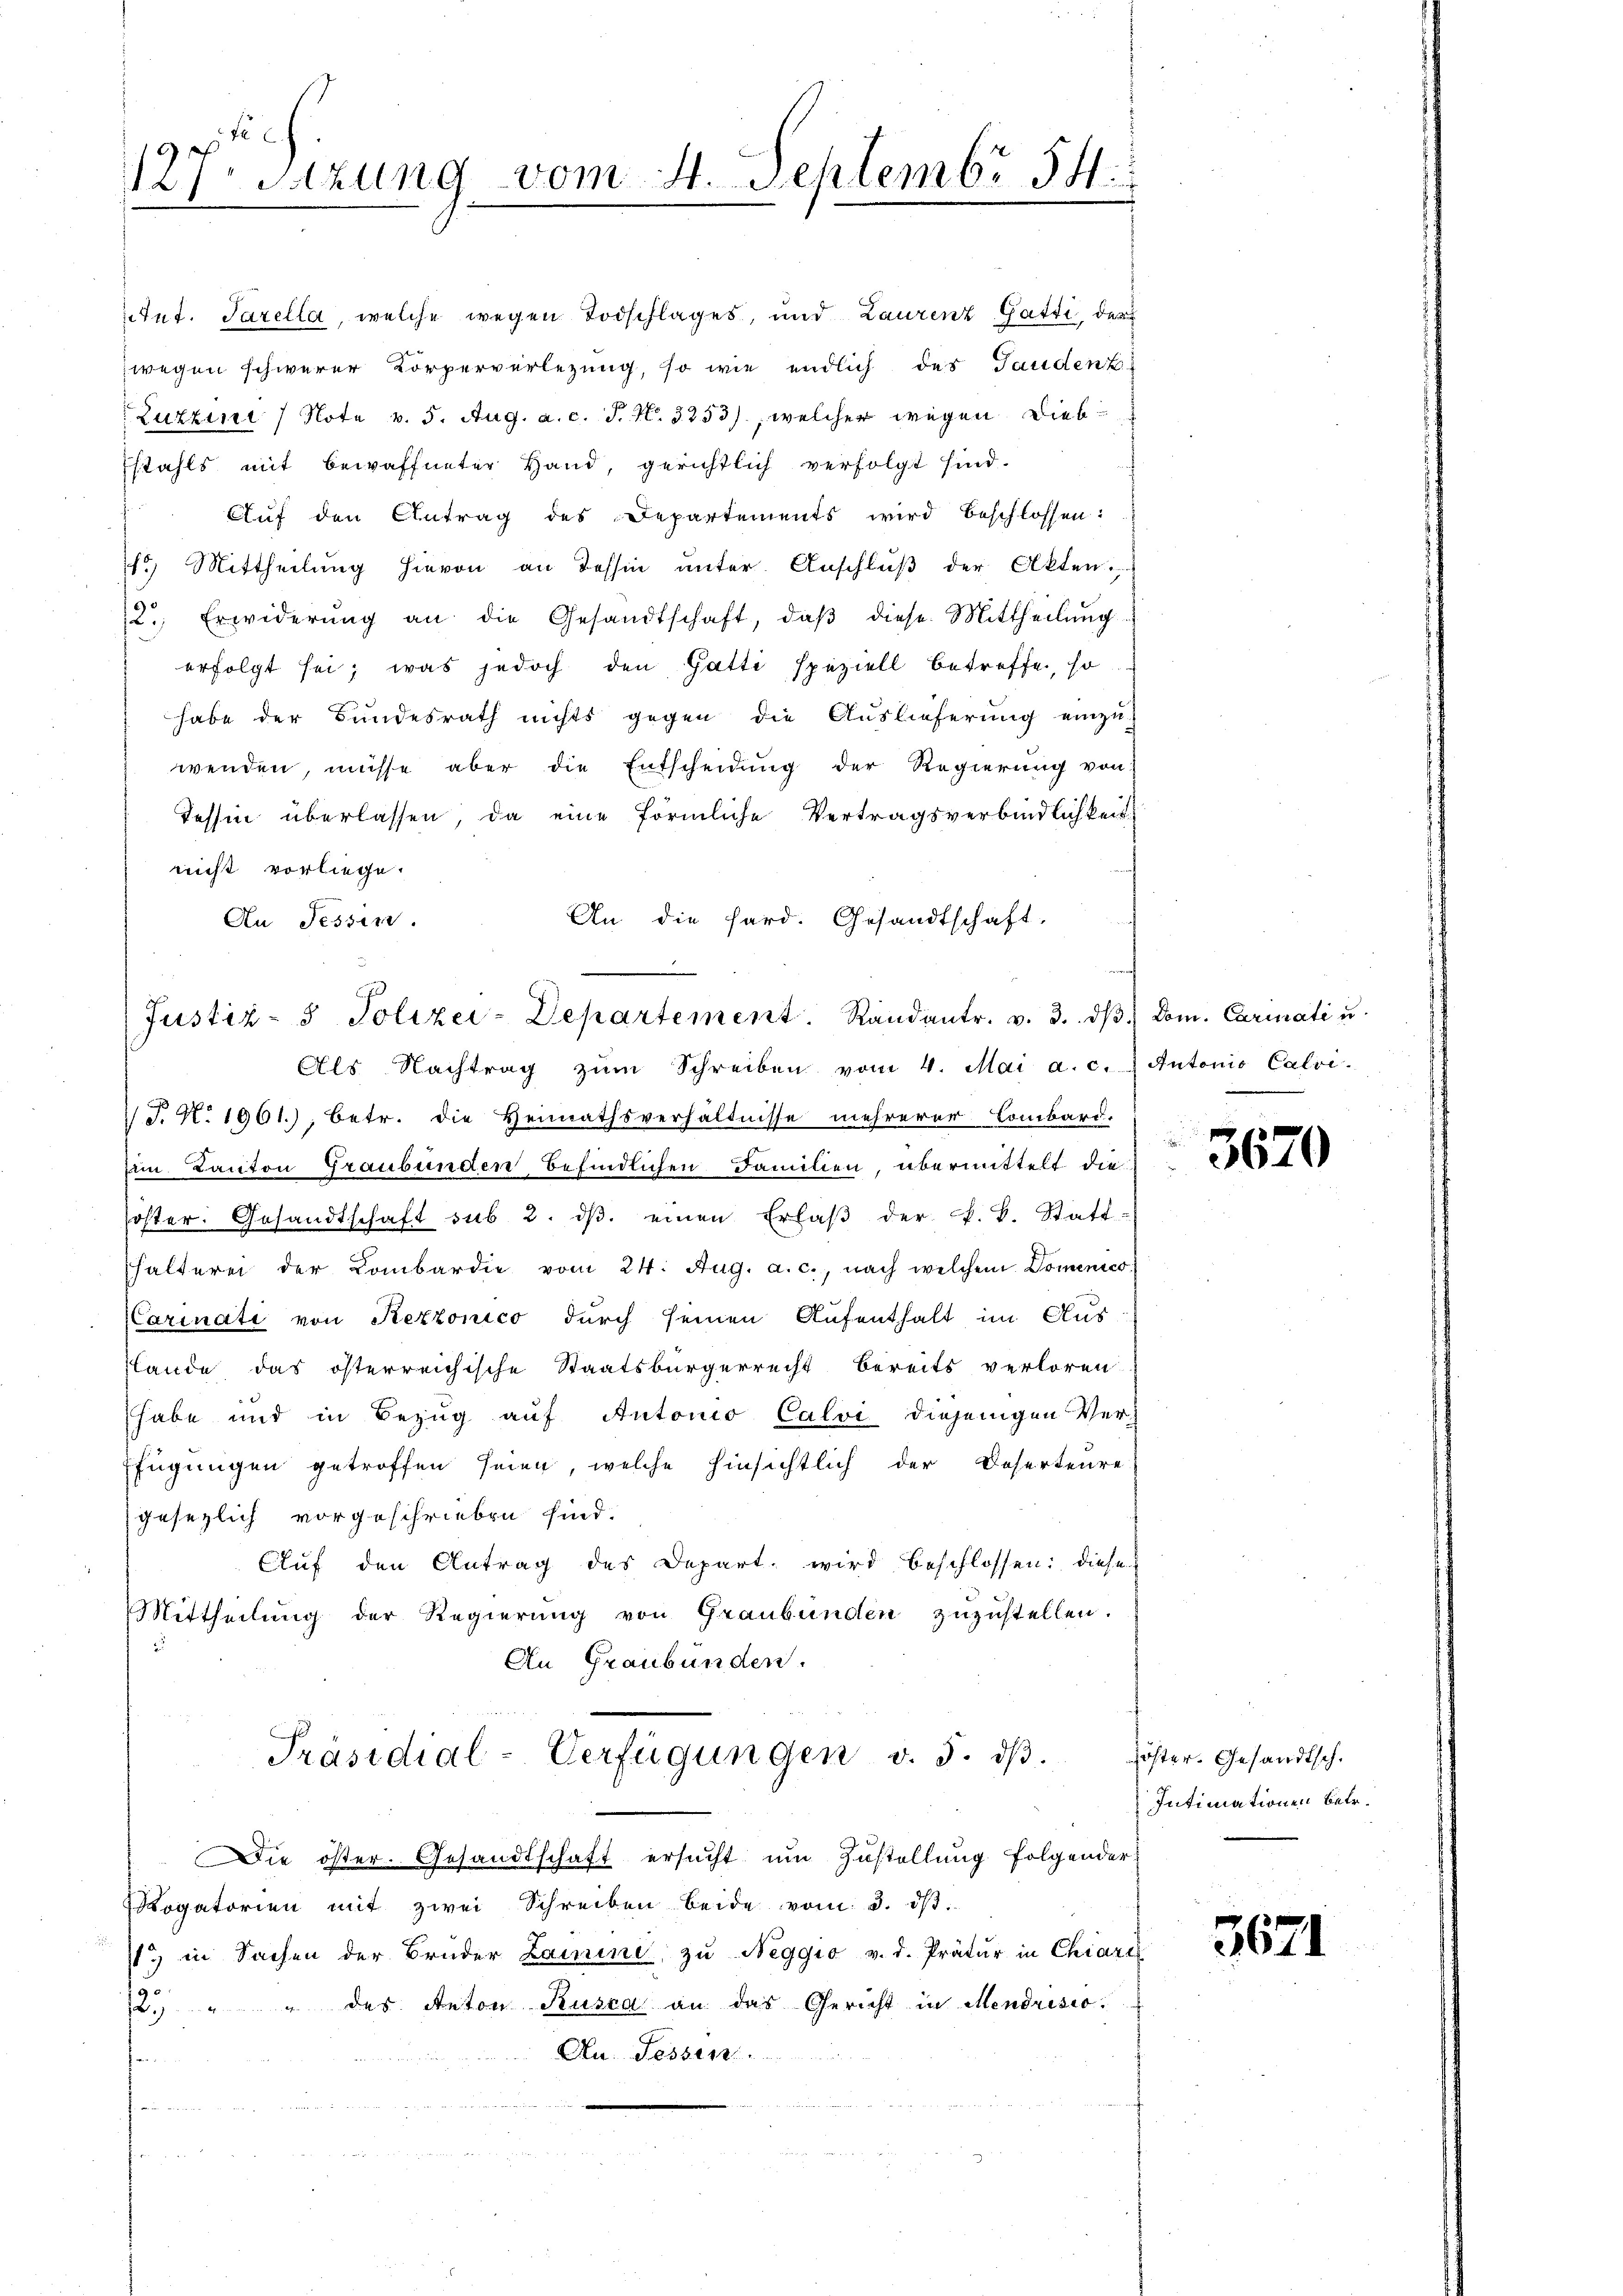
127. Sitzung vom 4. Septembr 54

reicht vorliege.
An die Sard. Gesandtschaft.
An Tessin.

tut. Tarella, welche wegen Todschlages, und Laurenz Gatti, der
wegen schwerer Körperverletzung, so wie endlich des Gaudenz-
Luzzi / Note v. 5. Aug. a. c. J. N. 3253), welcher wegen Diebstahls mit bewaffneter Hand, gerichtlich verfolgt sind.
 Aŭf den Antrag des Departements wird beschlossen:
113. Mittheilŭng hievon an Tessin ŭnter. Anschlŭβ der Akten.
2., Erwiderŭng an die Gesandtschaft, daβ diese Mittheilŭng
erfolgt sei; was jedoch den Gatti speziell betreffe, so
habe der Bundesrath nichts gegen die Auslieferung einzu-
wenden, müsse aber die Entscheidung der Regierung von
Tessin überlassen, da eine förmliche Vertragsverbindlichkeit

Justiz- & Polizei-Departement. Randantr. v. 3. d
Als Nachtrag zŭm Schreiben vom 4. Mai a. c. Antonio Calvi

V J. N. 1961.); betr. die Heimathsverhältnisse mehrerer Lombard.
eim Kanton Graubünden befindlichen Familien, übermittelt die
öster. Gesandtschaft sub 2. dβ. einen Erlaβ der F. L. Statt-
halterei der Lombardie vom 24. Aug. a. c., nach welchem Domenico.
CCarinati von Rezzonico durch seinen Aufenthalt im Aus-
lände das österreichische Staatsbürgerrecht bereits verloren
habe und in Bezug auf Antonio Calvi diejenigen Ver-
fügungen getroffen seien, welche hinsichtlich der Deserteure
gesezlich vorgeschrieben sind.
Clŭf den Antrag des Depart wird beschlossen: diese
Mittheilung der Regierung von Graubünden zuzustellen.
An Graubünden.

Präsidial-Verfügungen v. 5. dβ.
Die öster. Gesandtschaft ersucht um Zustellung folgender
Rogatorien mit zwei Schreiben beide vom 3. ist.
/1. in Sachen der Bruder Laurini zu Neggio v. d. Prätŭr in Chiari
12. " " des Anton Rusca an das Gericht in Mendrisio
Au. Sessen.  ..  ..
e

1/3. Dom. Carinati u.

3670

Zöster. Gesandtsch.
Intimationen betr.

3671